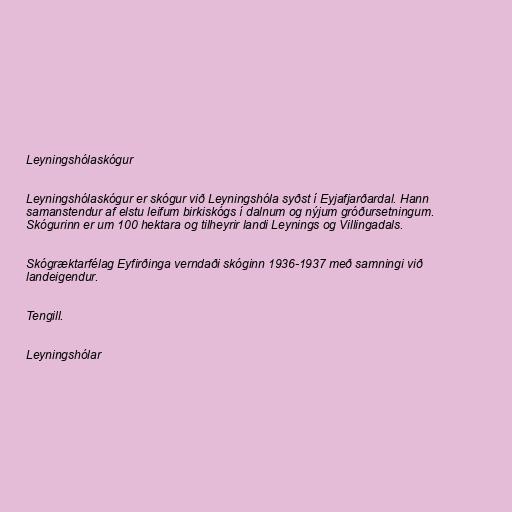
Leyningshólaskógur

Leyningshólaskógur er skógur við Leyningshóla syðst í Eyjafjarðardal. Hann
samanstendur af elstu leifum birkiskógs í dalnum og nýjum gróðursetningum.
Skógurinn er um 100 hektara og tilheyrir landi Leynings og Villingadals.

Skógræktarfélag Eyfirðinga verndaði skóginn 1936-1937 með samningi við
landeigendur.

Tengill.

Leyningshólar